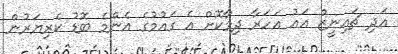
އަދި ޗައިނީޒް އައު އަހަރާ ދިމާކޮށް އެ ގައުމުގެ އެންމެ ބޮޑު ކެރިޔަރުން